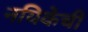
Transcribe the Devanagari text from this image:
नयिकेची